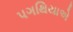
પગથિયાએ